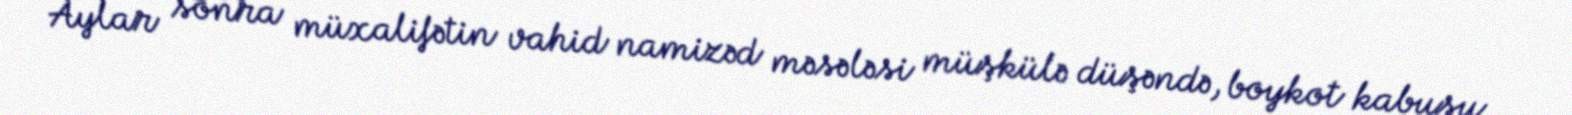
Aylar sonra müxalifətin vahid namizəd məsələsi müşkülə düşəndə, boykot kabusu